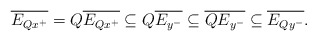
\begin{align*}\overline{E_{Qx^+}} = Q \overline{E_{Qx^+}} \subseteq Q \overline{E_{y^-}} \subseteq \overline{QE_{y^-}} \subseteq \overline{E_{Qy^-}}.\end{align*}